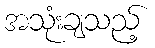
အသုံးချသည့်